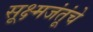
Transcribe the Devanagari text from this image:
सूक्ष्मजंतूंचे